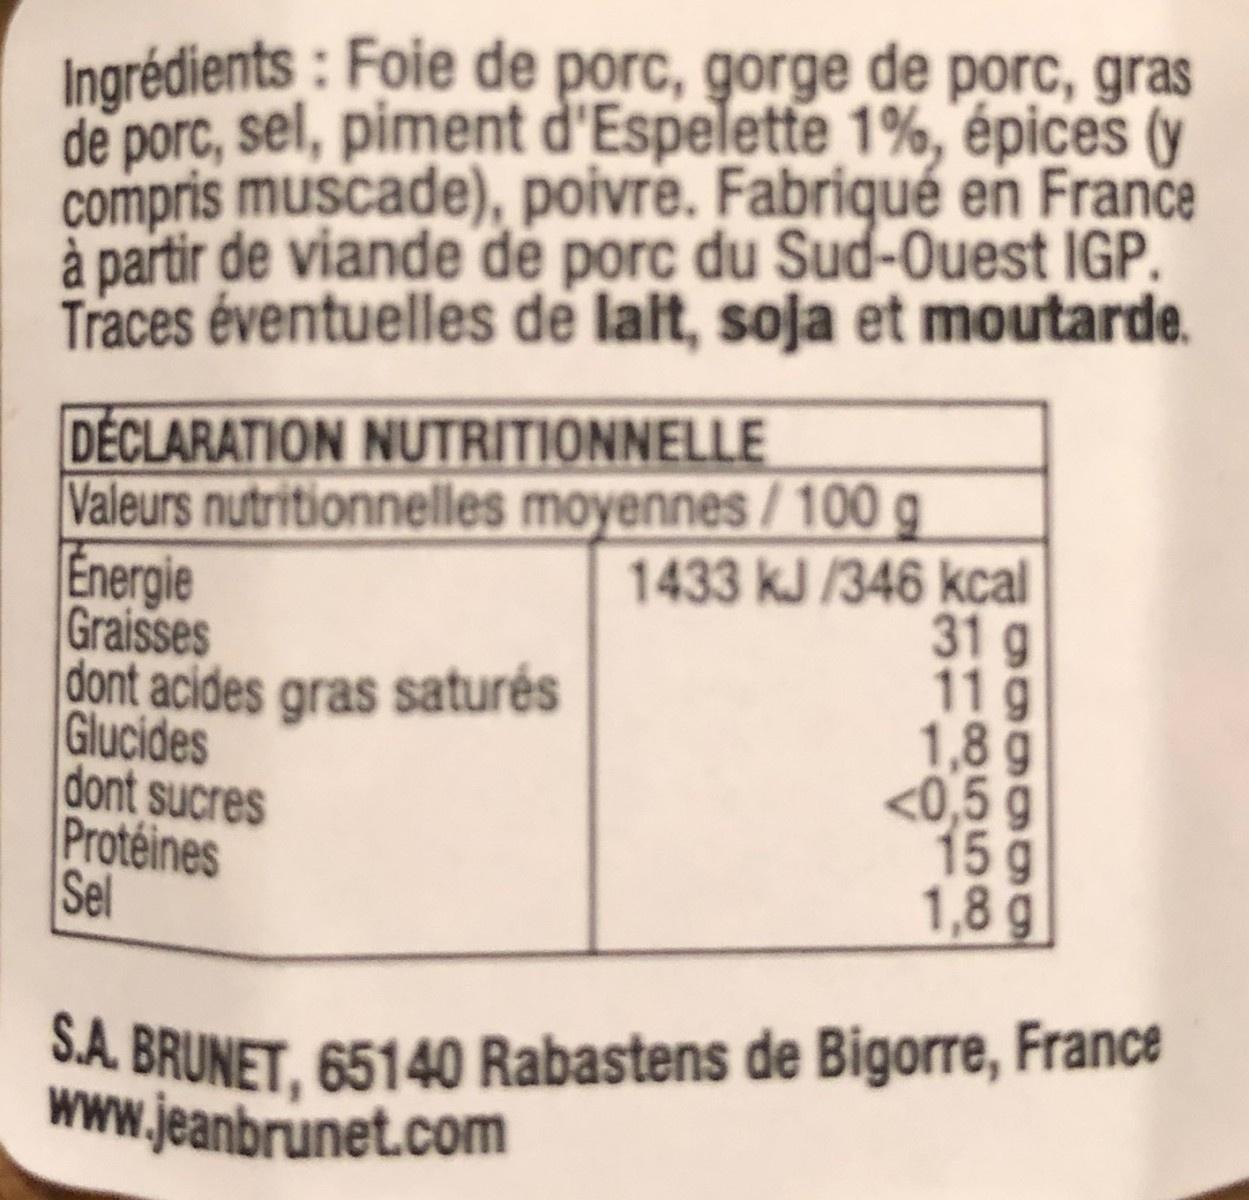
Ingrédients : Foie de porc, gorge de porc, gras de porc, sel, piment d'Espelette 1%, épices (y compris muscade), poivre. Fabriqué en France à partir de viande de porc du Sud-Ouest IGP. Traces éventuelles de lait, soja et moutarde.
DÉCLARATION NUTRITIONNELLE Valeurs nutritionnelles moyennes / 100 g Energie Graisses dont acides gras saturés Glucides dont sucres Protéines Sel
1433 kJ /346 kcal 31 g 11g 1,8 g <0,5 g 15g 1,8 g
S.A. BRUNET, 65140 Rabastens de Bigorre, France www.jeanbrunet.com